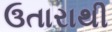
ઉતારાથી